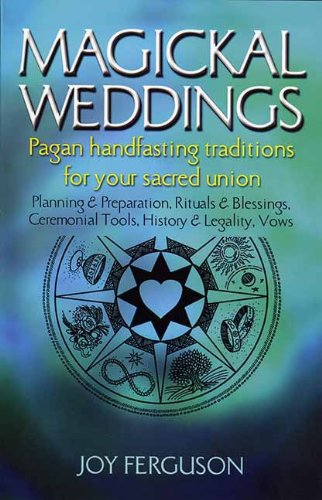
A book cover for Magickal Weddings: Pagan Handfasting Traditions for Your Sacred Union; Joy Ferguson; Religion & Spirituality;